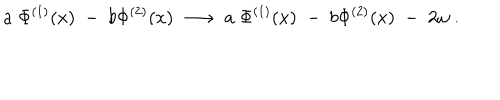
a \; \Phi ^ { ( 1 ) } ( x ) \; - \; b \Phi ^ { ( 2 ) } ( x ) \; \longrightarrow \; a \; \Phi ^ { ( 1 ) } ( x ) \; - \; b \Phi ^ { ( 2 ) } ( x ) \; - \; 2 \omega \; .